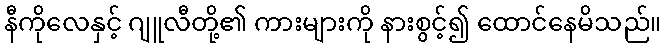
နီကိုလေနှင့် ဂျူလီတို့၏ ကားများကို နားစွင့်၍ ထောင်နေမိသည်။